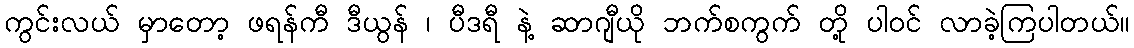
ကွင်းလယ် မှာတော့ ဖရန်ကီ ဒီယွန် ၊ ပီဒရီ နဲ့ ဆာဂျီယို ဘက်စကွက် တို့ ပါဝင် လာခဲ့ကြပါတယ်။